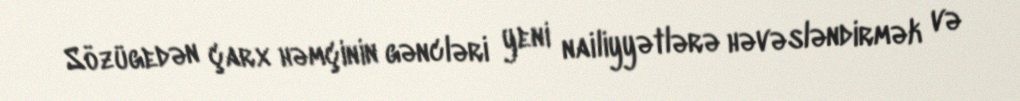
Sözügedən çarx həmçinin gəncləri yeni nailiyyətlərə həvəsləndirmək və